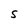
Character: S